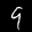
Label: 9